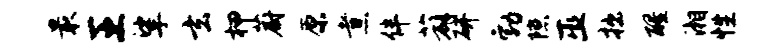
最王挲玄柙蔚原煮伴薜研勃隙巫拙醒湘性